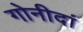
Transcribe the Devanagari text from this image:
गोनीदां